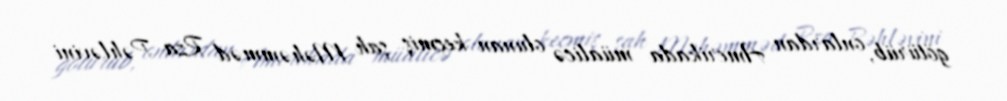
götürüb, onlardan Amerikada müalicə olunan keçmiş şah Məhəmməd Rza Pəhləvini